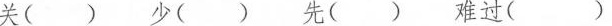
关（） 少（） 先（ ） 难过（）